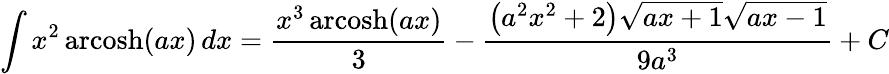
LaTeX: \int x^{2}\operatorname{arcosh}(ax)\, dx={\frac{x^{3}\operatorname{arcosh}(ax)}{3}}-{\frac{\left(a^{2}x^{2}+2\right){\sqrt{ax+1}}{\sqrt{ax-1}}}{9a^{3}}}+C